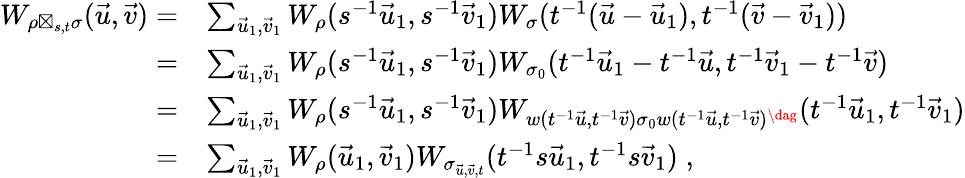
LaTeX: \begin{array}{rl}{W_{\rho\boxtimes_{s,t}\sigma}(\vec{u},\vec{v})=}&{\sum_{\vec{u}_{1},\vec{v}_{1}}W_{\rho}(s^{-1}\vec{u}_{1},s^{-1}\vec{v}_{1})W_{\sigma}(t^{-1}(\vec{u}-\vec{u}_{1}),t^{-1}(\vec{v}-\vec{v}_{1}))}\\ {=}&{\sum_{\vec{u}_{1},\vec{v}_{1}}W_{\rho}(s^{-1}\vec{u}_{1},s^{-1}\vec{v}_{1})W_{\sigma_{0}}(t^{-1}\vec{u}_{1}-t^{-1}\vec{u},t^{-1}\vec{v}_{1}-t^{-1}\vec{v})}\\ {=}&{\sum_{\vec{u}_{1},\vec{v}_{1}}W_{\rho}(s^{-1}\vec{u}_{1},s^{-1}\vec{v}_{1})W_{w(t^{-1}\vec{u},t^{-1}\vec{v})\sigma_{0}w(t^{-1}\vec{u},t^{-1}\vec{v})^{\dag}}(t^{-1}\vec{u}_{1},t^{-1}\vec{v}_{1})}\\ {=}&{\sum_{\vec{u}_{1},\vec{v}_{1}}W_{\rho}(\vec{u}_{1},\vec{v}_{1})W_{\sigma_{\vec{u},\vec{v},t}}(t^{-1}s\vec{u}_{1},t^{-1}s\vec{v}_{1})\; ,}\end{array}